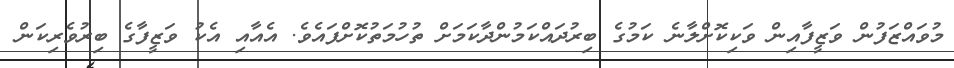
މުވައްޒަފުން ވަޒީފާއިން ވަކިކޮށްލާނެ ކަމުގެ ބިރުދައްކަމުންދާކަމަށް ތުހުމަތުކޮށްފައެވެ. އެއާއި އެކު ވަޒީފާގެ ބިރުވެރިކަން